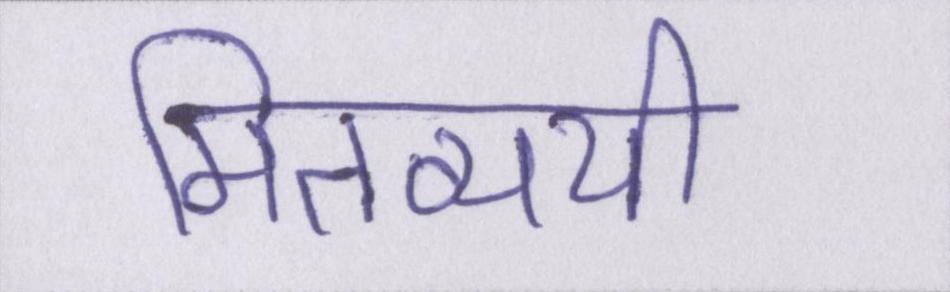
मितव्ययी